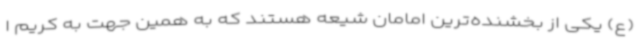
(ع) یکی از بخشنده‌ترین امامان شیعه هستند که به همین جهت به کریم ا